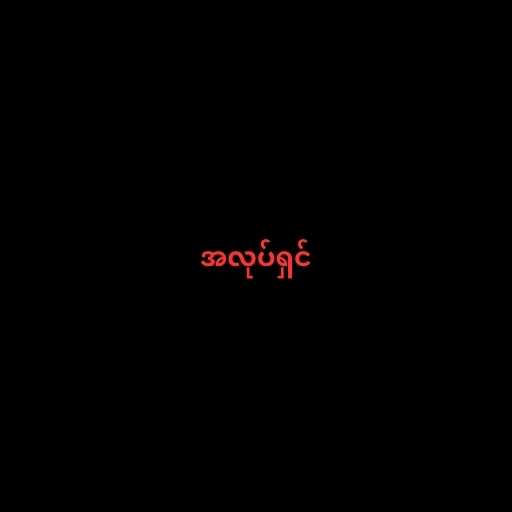
အလုပ်ရှင်